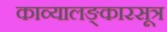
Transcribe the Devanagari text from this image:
काव्यालङ्कारसूत्र